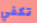
تكفي